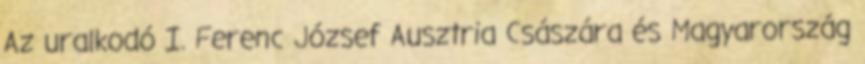
Az uralkodó I. Ferenc József Ausztria Császára és Magyarország